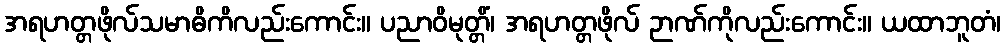
အရဟတ္တဖိုလ်သမာဓိကိလည်းကောင်း။ ပညာဝိမုတ္တိံ၊ အရဟတ္တဖိုလ် ဉာဏ်ကိုလည်းကောင်း။ ယထာဘူတံ၊